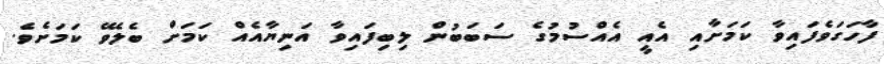
ފާހަގަވެފައިވާ ކަމަށާއި އެއީ އެއްސުމުގެ ސަބަބުން ލިބިފައިވާ އަނިޔާއެއް ކަމަށް ބެލެވޭ ކަމަށެވެ.